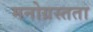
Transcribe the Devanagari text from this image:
मनोग्रस्तता